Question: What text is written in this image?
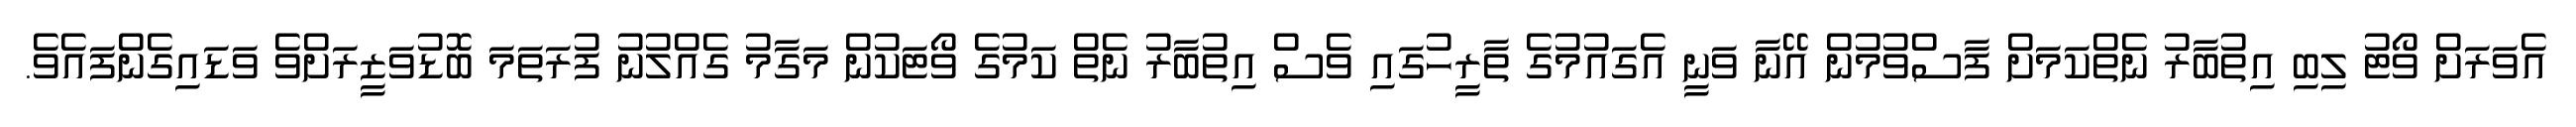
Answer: އެވަރަށް ވޯޓު ލިބި އިތުބާރު ނެތްކަމަށް ފާސްވުމުން އޭނާ ވަނީ އެގައުމުގެ ތާރީހުގައި ވެސް އިތުބާރު ނެތް ކަމުގެ ވޯޓަކުން މަގާމު ގެއްލުނު ފުރަތަމަ ބޮޑުވަޒީރަށްވެ ވަޑައިގެންފައެވެ.